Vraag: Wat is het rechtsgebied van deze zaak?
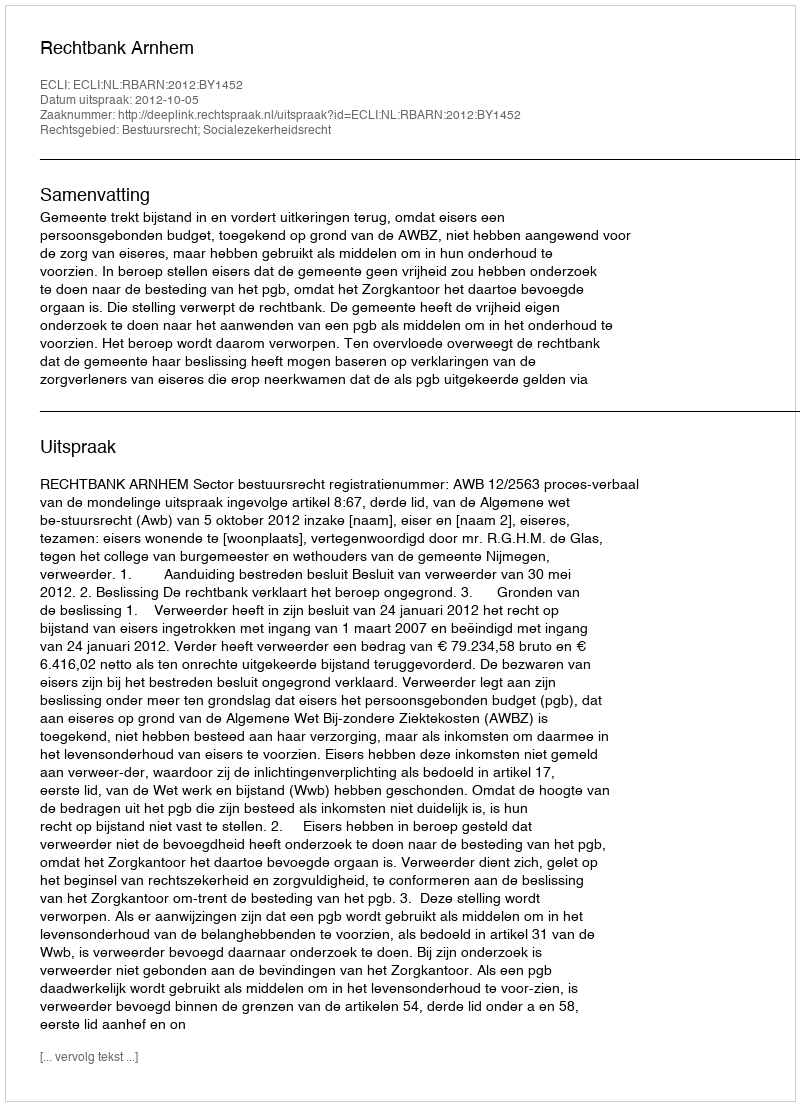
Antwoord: Bestuursrecht; Socialezekerheidsrecht